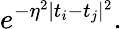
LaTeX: e^{-\eta^{2}\mid t_{i}-t_{j}\mid^{2}}.